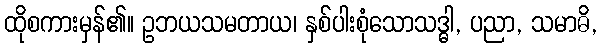
ထိုစကားမှန်၏။ ဥဘယသမတာယ၊ နှစ်ပါးစုံသောသဒ္ဓါ, ပညာ, သမာဓိ,